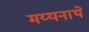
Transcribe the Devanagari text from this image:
मय्यनाथे